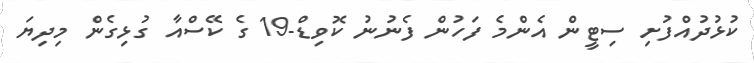
ކުޅުދުއްފުށި ސިޓީން އެންމެ ފަހުން ފެނުނު ކޮވިޑް-19 ގެ ކޭސްއާ ގުޅިގެން މިދިޔަ